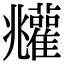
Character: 𩁧